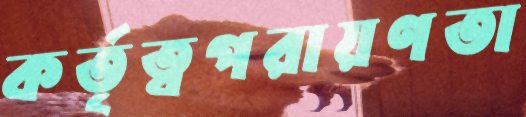
কর্তৃত্বপরায়ণতা